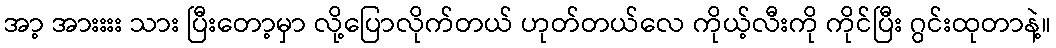
အာ့ အားးးး သား ပြီးတော့မှာ လို့ပြောလိုက်တယ် ဟုတ်တယ်လေ ကိုယ့်လီးကို ကိုင်ပြီး ဂွင်းထုတာနဲ့။